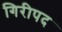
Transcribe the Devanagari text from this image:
गिरीपद